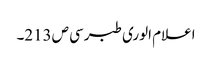
اعلام الوری طبرسی ص213۔